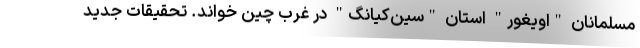
مسلمانان "اویغور" استان "سین‌کیانگ" در غرب چین خواند. تحقیقات جدید